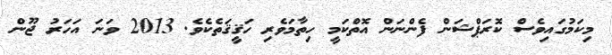
މިކަމުގައިވެސް ކޮރަޕްޝަން ފެންނަން އޮތްކަމީ ހިތާމަވެރި ހަޤީޤަތެކެވެ. 2013 ވަނަ އަހަރު ޖޫން